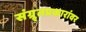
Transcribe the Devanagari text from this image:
संग्र्र्तप्रकारांवर